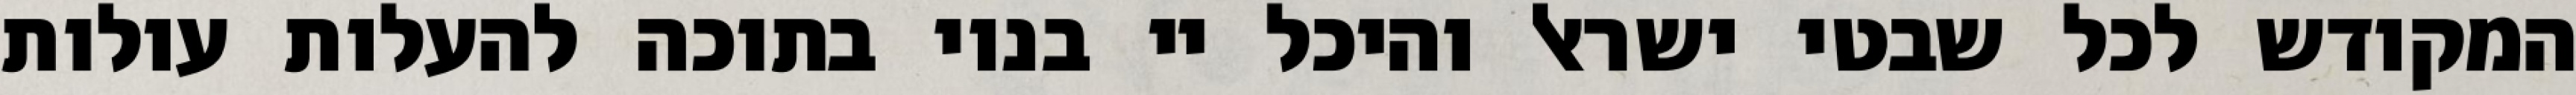
המקודש לכל שבטי ישראל והיכל יי בנוי בתוכה להעלות עולות